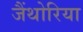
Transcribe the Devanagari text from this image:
जैंथोरिया